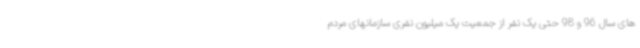
های سال 96 و 98 حتی یک نفر از جمعیت یک میلیون نفری سازمانهای مردم